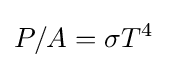
P/A=\sigma T^{4}\